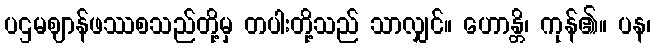
ပဌမဈာန်ဖဿစသည်တို့မှ တပါးတို့သည် သာလျှင်။ ဟောန္တိ၊ ကုန်၏။ ပန၊